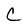
Character: C